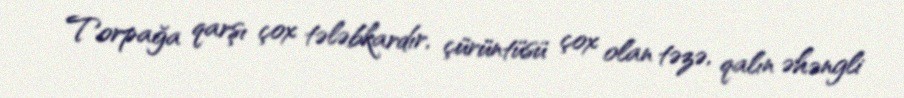
Torpağa qarşı çox tələbkardır, çürüntüsü çox olan təzə, qalın əhəngli